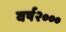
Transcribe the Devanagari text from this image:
वर्ष२०००